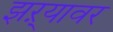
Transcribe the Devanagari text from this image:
झऱ्यावर